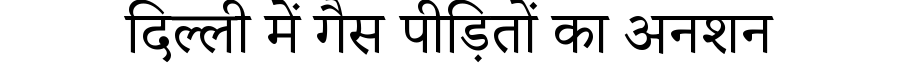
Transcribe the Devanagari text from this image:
दिल्ली में गैस पीड़ितों का अनशन